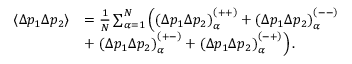
\begin{array} { r l } { \left\langle \Delta p _ { 1 } \Delta p _ { 2 } \right\rangle } & { = \frac { 1 } { N } \sum _ { \alpha = 1 } ^ { N } \left( \left( \Delta p _ { 1 } \Delta p _ { 2 } \right) _ { \alpha } ^ { \left( + + \right) } + \left( \Delta p _ { 1 } \Delta p _ { 2 } \right) _ { \alpha } ^ { \left( -- \right) } \right. } \\ & { + \left. \left( \Delta p _ { 1 } \Delta p _ { 2 } \right) _ { \alpha } ^ { \left( + - \right) } + \left( \Delta p _ { 1 } \Delta p _ { 2 } \right) _ { \alpha } ^ { \left( - + \right) } \right) . } \end{array}